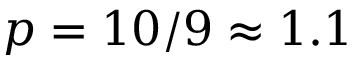
p = 1 0 / 9 \approx 1 . 1